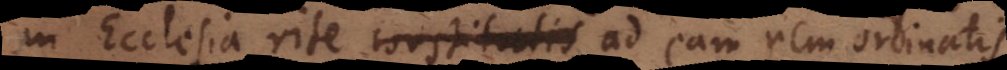
in Ecclesia rite constitutis ad eam rem ordinatis